Cholera in southern India
Disease focus: Cholera
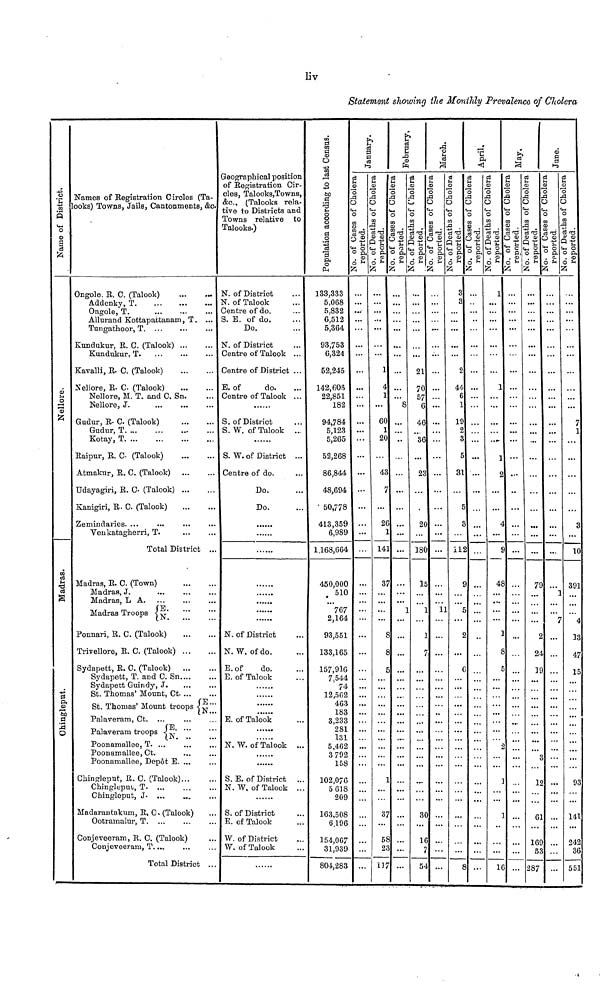
liv
Statement showing the Monthly Prevalence of Cholera
Name of District
c
chingleput
o
Names of Registration C ircles (Ta-
looks) Towns, Jails, Cantonments, &c
Ongole, R. C. (Talook)
Addenky, T
Ongole, T.
Allurand Kottapattanam, T. ...
Tnngathoor, T
Kundukur. R. C. (Talook)
Kundukur, T.
Kavalli, R- C. (Talook)
Nellore, R. C (Talook)
Nellore, M. T. and C. Sn.
Nellore, J.
Gudur, R- C (Talook)
Gudur, T
Kotay, T
Raipur, R. 0- (Talook)
Atmakur, R. 0. (Talook)
Udayagiri, R. C- (Talook)
Kanigiri, R. C (Talook)
Zemindaries. ...
Venkatagherri, T.
Total District ..
Madras, R. C. (Town)
Madras, J.
Madras, LA.
Madras Troops EN
Ponnari, R. C. (Talook)
Trivellore, R. 0. (Talook)
Sydapett, R. C. (Talook)
Sydapett, T. and C. Sn
Sydapett Guindy, J.
St. Thomas' Mount, Ct
E
St. Thomas' Mount troops EN
Palaveram, Ct. ...
Palaveram troops
Poonamallee, T. ...
Poonamallee, Ct.
Poonamallee, Depot E. ...
Chingleptit, R. C. (Talook)
Chinglepui, T. ...
Chingleput, J. ..,
Madarantakum, R, C. (Talook)
Ootramalur, T. ...
Conjevoeram, R. C. (Talook)
Conjeveeram, T....
Total District ..
Geographical position
of Registration Cir-
cles, Talooks,Towns,
&c, (Talooks rela-
tive to Districts and
Towns relative to
Talooks.)
N. of District
N. of Talook
Centre of do.
S. E. of do.
Do.
N. of District
C entre of Talook ...
Centre of District ...
E. of
do.
Centre of Talook ...
S. of District
S. W. of Talook ...
S. W. of District ...
Centre of do.
Do.
Do.
N. of District
N. W. of do.
E.of
do.
E. of Talook
E. of Talook
N. W. of Talook ..
S. E. of District ..
N. W. of Talook ..
S. of District
E. of Talook
W. of District
W. of Talook
133,333
5,068
5,832
6,512
5,364
93,753
ö,324
52,245
142,605
22,851
182
94,784
5,123
5,265
52,268
86,844
48,694
' 50,778
413,359
6,989
1,168,664
450,000
510
767
2,164
93,551
133,165
157,916
7.544
74
12,502
463
183
3,233
281
131
5,462
3 792
158
102,076
5 618
209
163,508
6,196
154,067
31,939
804,283
...
• ••
...
...
...
...
...
...
1 ...
21
4 ...
70
1 ...
57
8
6
60 ...
46
20 ..
36
43 ...
23
26 ...
20
141 ... 180
37 ...
15
1
1
58 ...
16
13 7 ...
54
...
...
11
...
...
3
3
2
44
6
i
19
o
3
g
31
112
...
...
...
1
1
48
16
...
79
24
39
61
169
287
...
391
13
47
15
...
141
242
551